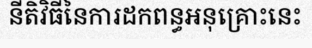
នីតិវិធីនៃការដកពន្ធអនុគ្រោះនេះ